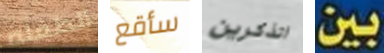
الطفله سأقع اتذكرين بين